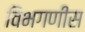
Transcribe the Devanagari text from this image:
विभगणीस